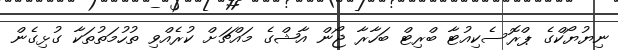
ނިޔުޔޯކްގެ ޕްރޮސެކިއުޓާ ބްރިޓް ބަހާރާ ޖޯން އާޝްގެ މައްޗަށް ކުރެއްވި ތުހުމަތުތަކާ ގުޅިގެން